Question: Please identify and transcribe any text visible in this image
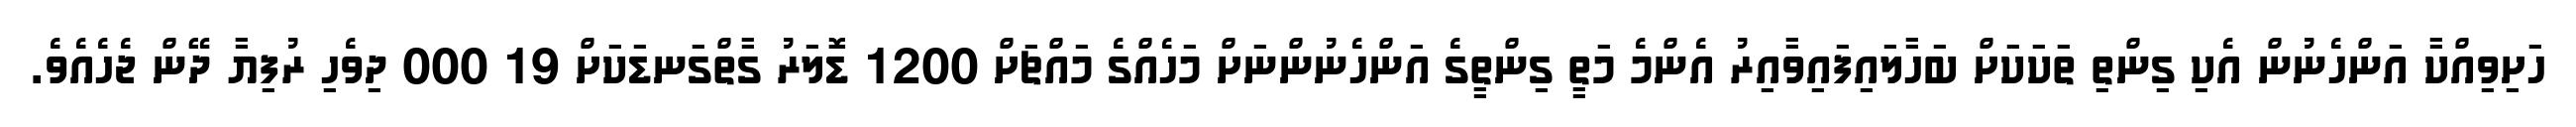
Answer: ހަށިވިއްކާ އަންހެނުން އެކި ގިންތި ތަކަކަށް ބަހާލައިފައިވާއިރު އެންމެ މަތީ ގިންތީގެ އަންހެނުންނަށް މަހެއްގެ މައްޗަށް 1200 ޑޮލަރު ގާތްގަނޑަކަށް 19 000 ދިވެހި ރުފިޔާ ދޭން ޖެހެއެވެ.